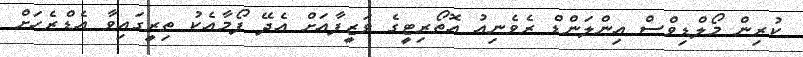
ކުރިން މޯލްޑިވްސް އިންލަންޑް ރެވެނިއު އޮތޯރިޓީގެ ވަޒީފާއަށް އެދޭ ފޯމާއެކު ތިރީގައިވާ އެޑްރެހަށް